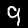
Digit: 9